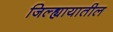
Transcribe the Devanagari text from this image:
जिल्ह्यायातील